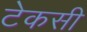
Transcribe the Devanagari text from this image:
टेकसी